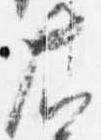
右